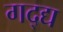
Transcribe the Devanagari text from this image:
गद्द्य